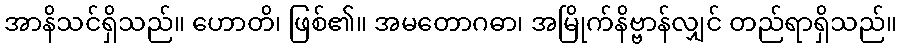
အာနိသင်ရှိသည်။ ဟောတိ၊ ဖြစ်၏။ အမတောဂဓာ၊ အမြိုက်နိဗ္ဗာန်လျှင် တည်ရာရှိသည်။